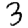
Digit: 3